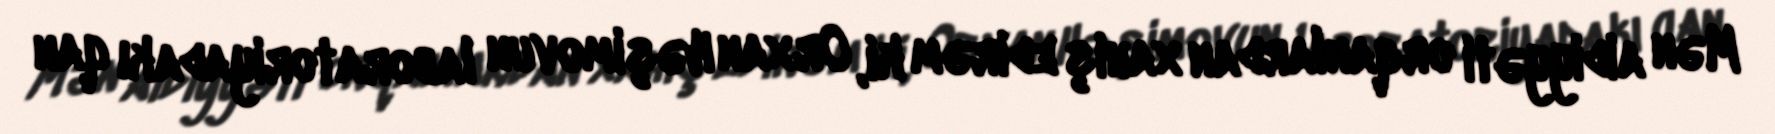
Mən aidiyyəti orqanlardan xahiş edirəm ki, Orxan Həşimovun laboratoriyadakı qan